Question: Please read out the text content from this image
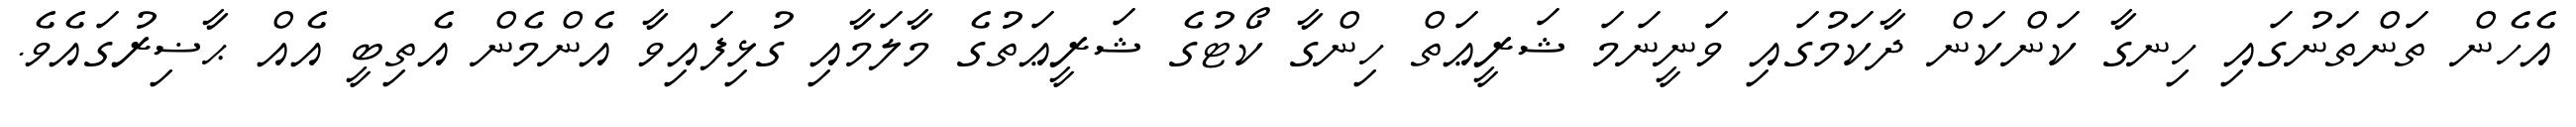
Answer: އެހެން ތަންތަނުގައި ހިނގާ ކަންކަން ދާކަމުގައި ވަނީނަމަ ޝަރީޢަތް ހިންގާ ކޯޓުގެ ޝަރީޢަތުގެ މާލަމާއި ގުޅިފައިވާ އެންމެން އެތިބީ އެއް ޙާޟިރުގައެވެ.